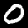
Digit: 0